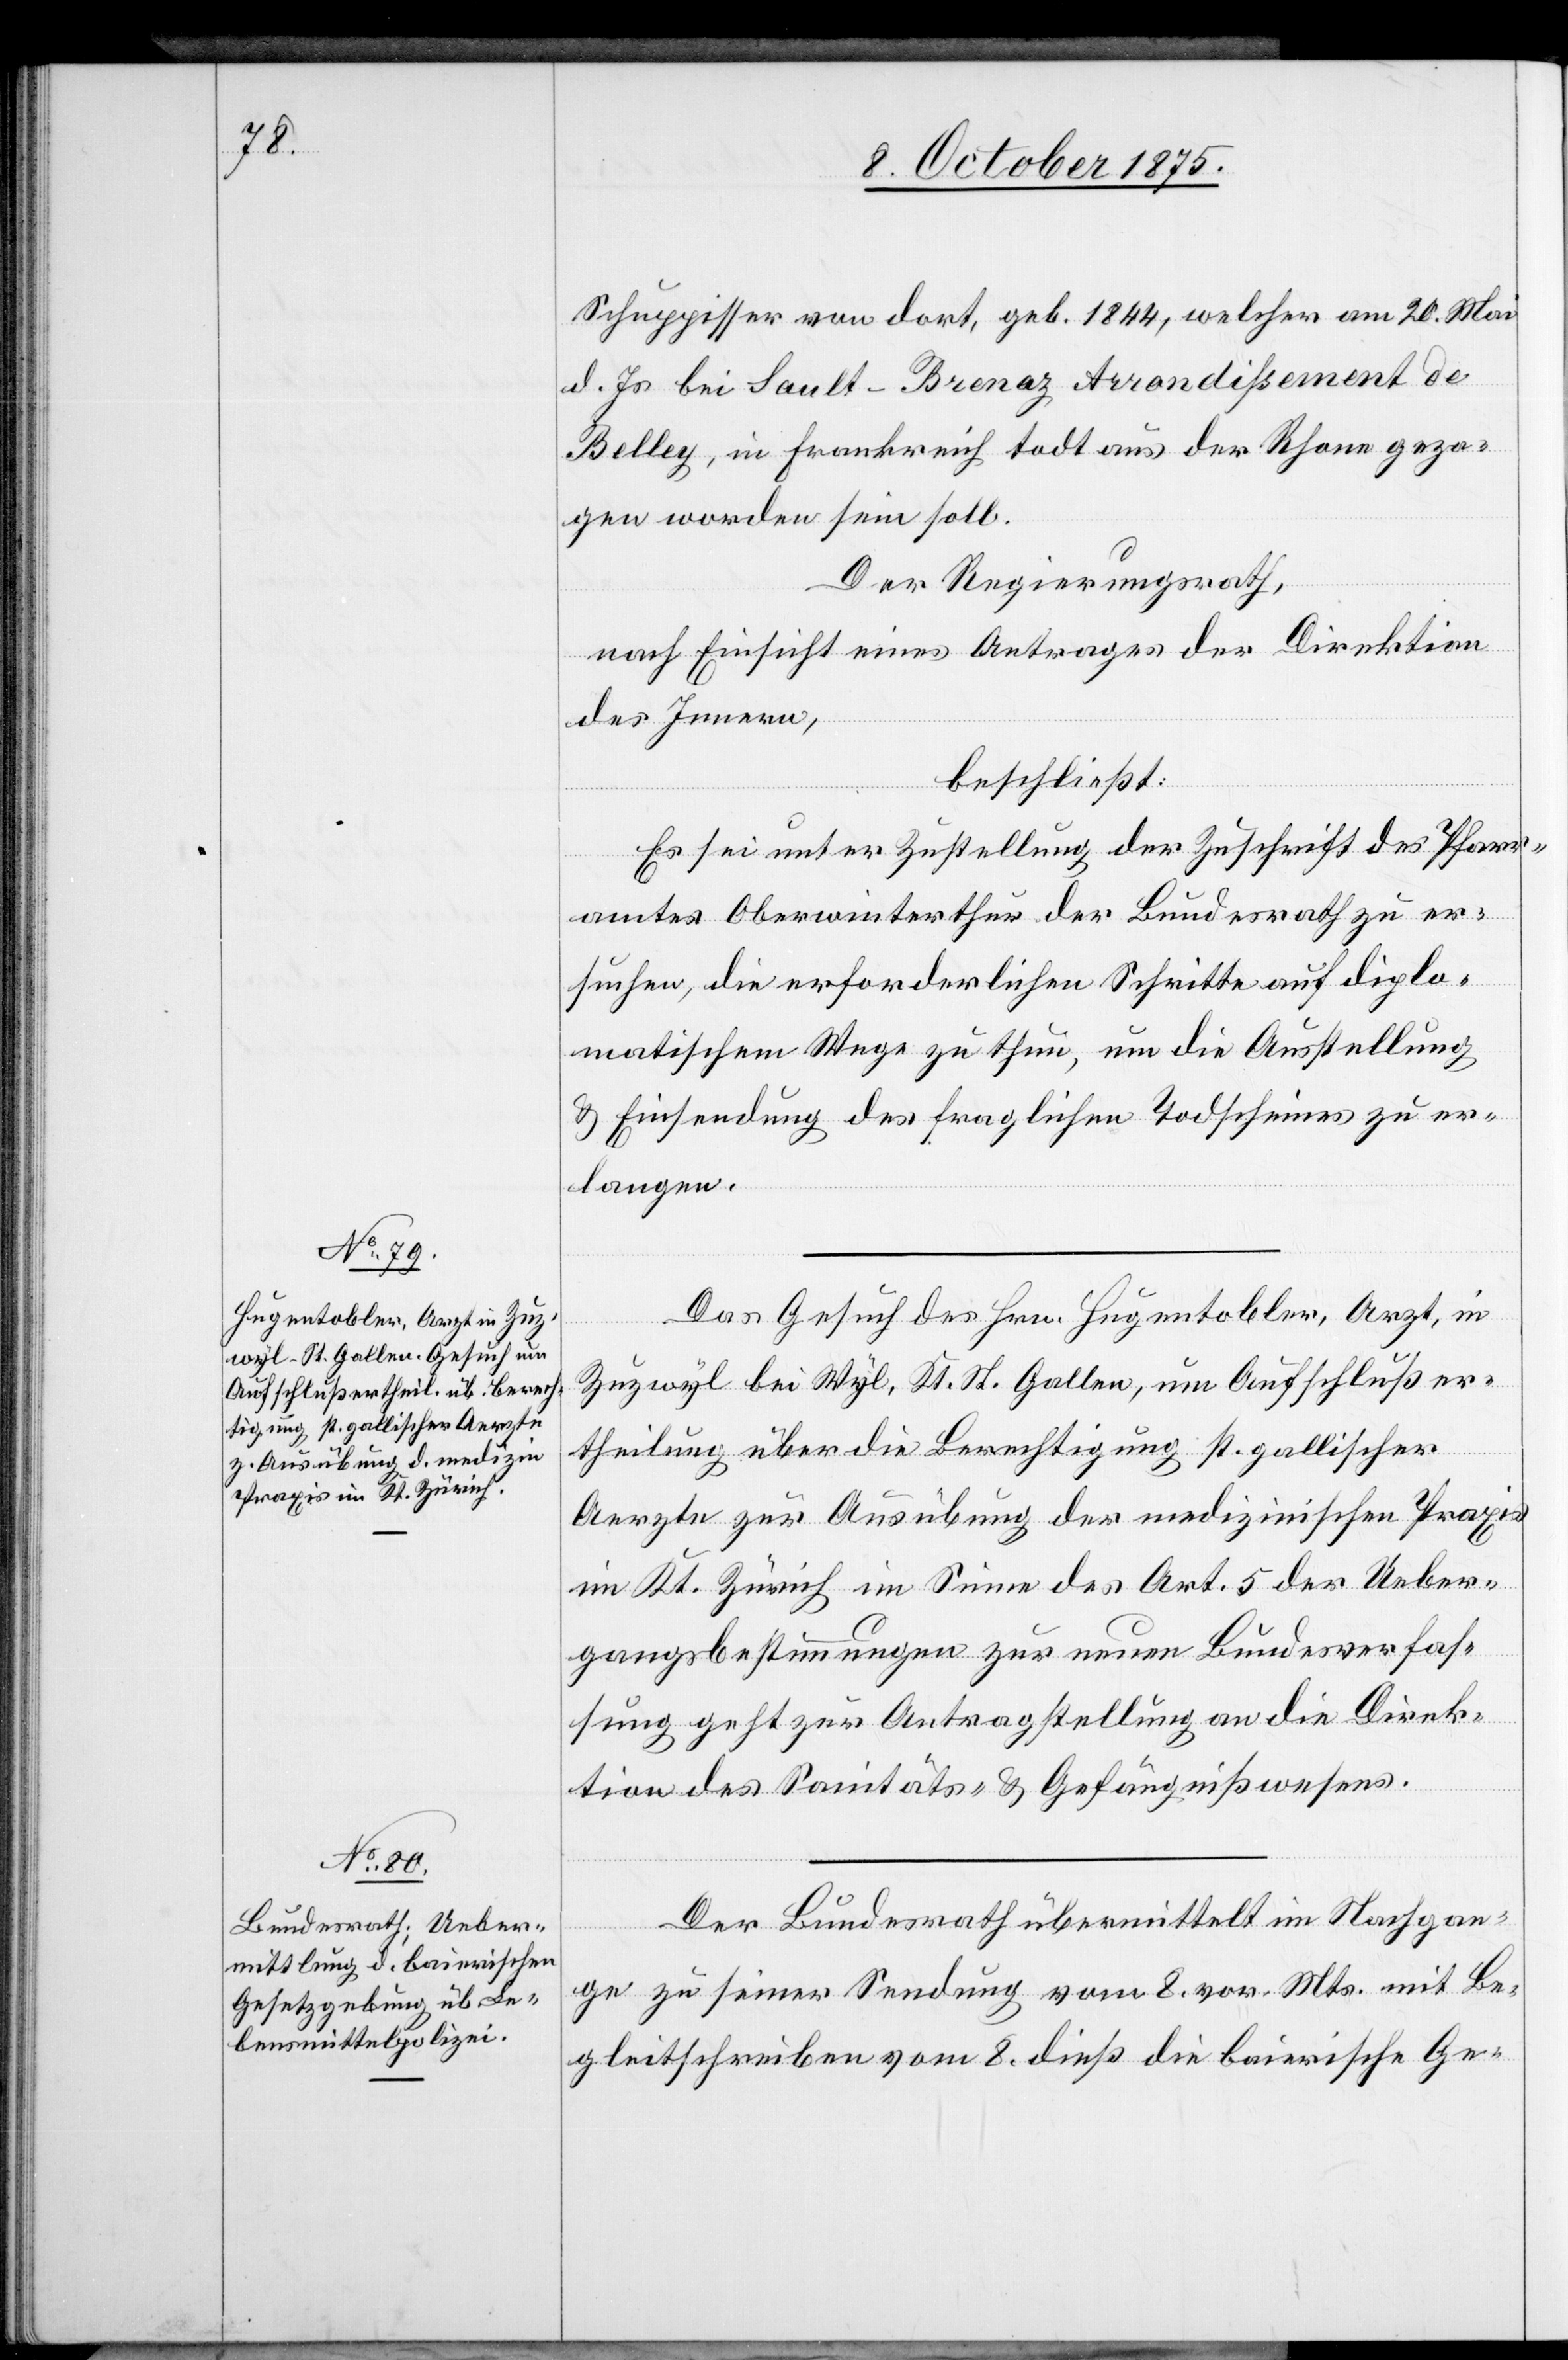
11. October 1875.]
Schuppisser von dort, geb. 1844, welcher am 20. Mai
d. Js. bei Sault-Brenaz Arrondißement de
Belley, in Frankreich todt aus der Rhone gezo¬
gen worden sein soll.
Der Regierungsrath,
nach Einsicht eines Antrages der Direktion
des Innern,
beschließt:
Es sei unter Zustellung der Zuschrift des Pfarr¬
amtes Oberwinterthur der Bundesrath zu er¬
suchen, die erforderlichen Schritte auf diplo¬
matischem Wege zu thun, um die Ausstellung
& Einsendung des fraglichen Todscheines zu er¬
langen.
Das Gesuch des Hrn. Hugentobler, Arzt, in
Zuzwyl bei Wyl, Kt. St. Gallen, um Aufschlußer¬
theilung über die Berechtigung St. Gallischer
Aerzte zur Ausübung der medizinischen Praxis
im Kt. Zürich im Sinne des Art. 5 der Ueber¬
gangsbestimmungen zur neuen Bundesverfas¬
sung geht zur Antragstellung an die Direk¬
tion des Sanitäts- & Gefängnißwesens.
Der Bundesrath übermittelt im Nachtra¬
ge zu seiner Sendung vom 8. vor. Mts. mit Be¬
gleitschreiben vom 8. dieß die baierische Ge-